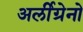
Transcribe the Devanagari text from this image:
अर्लीग्रेनो